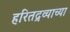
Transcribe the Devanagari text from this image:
हरितद्रव्याच्या